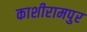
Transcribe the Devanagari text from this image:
काशीरामपुर